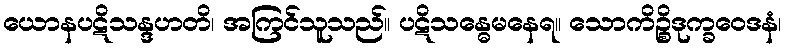
ယောနပဋိသန္ဒဟတိ၊ အကြင်သူသည်။ ပဋိသန္ဓေမနေရ။ သောကိဉ္စိဒုက္ခဝေဒနံ၊